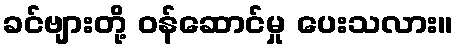
ခင်ဗျားတို့ ဝန်ဆောင်မှု ပေးသလား။